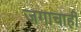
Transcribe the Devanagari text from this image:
जगाचाही